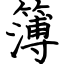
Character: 簿